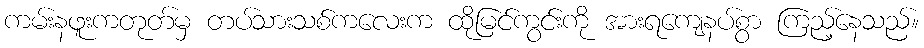
ကမ်းနဖူးကတုတ်မှ တပ်သားသစ်ကလေးက ထိုမြင်ကွင်းကို အားရကျေနပ်စွာ ကြည့်နေသည်။